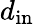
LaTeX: d_{\mathrm{in}}